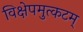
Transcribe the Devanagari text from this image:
विक्षेपमुत्कटम्